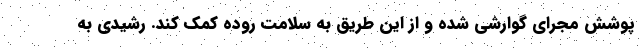
پوشش مجرای گوارشی شده و از این طریق به سلامت روده کمک کند. رشیدی به